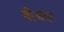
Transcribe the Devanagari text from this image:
बीजदर